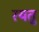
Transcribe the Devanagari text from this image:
रयतु